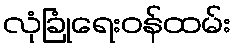
လုံခြုံရေးဝန်ထမ်း